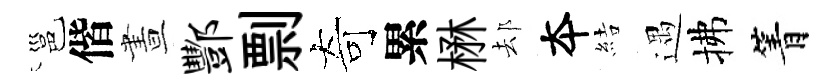
邕偕晝酆剽奇累楙𨚫夲結遇拂箐